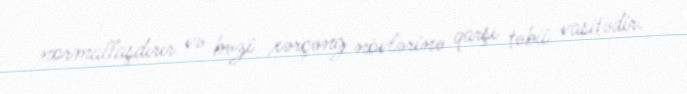
normallaşdırır və bəzi xərçəng növlərinə qarşı təbii vasitədir.